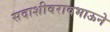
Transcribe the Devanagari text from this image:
सदाशीवरावभाऊने